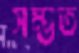
সম্ভত